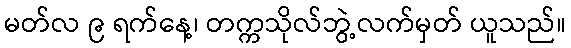
မတ်လ ၉ ရက်နေ့၊ တက္ကသိုလ်ဘွဲ့လက်မှတ် ယူသည်။